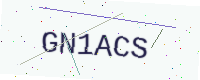
Text: GN1ACS